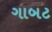
ગાબટ